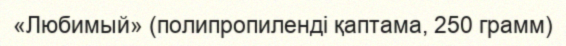
«Любимый» (полипропиленді қаптама, 250 грамм)